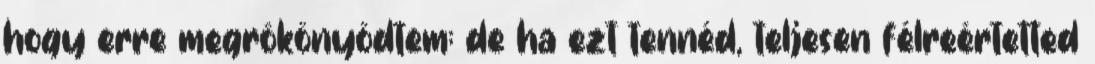
hogy erre megrökönyödtem; de ha ezt tennéd, teljesen félreértetted